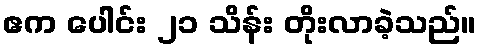
ဧက ပေါင်း ၂၁ သိန်း တိုးလာခဲ့သည်။